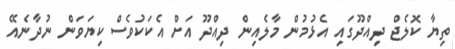
ތިޔާ ކޮލެޖް ދިއްދޫގައި އެޅުމުން މާލެއިން ދިއްދޫ އަށް އެކަކުވެސް ކިޔަވަން ނުދާނެއޭ